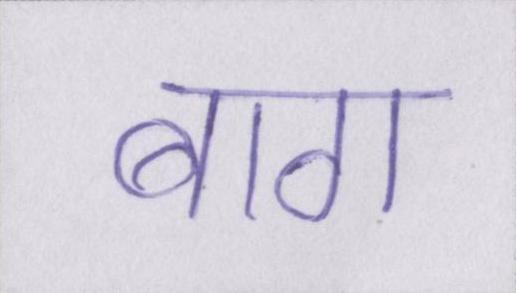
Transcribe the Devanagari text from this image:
बाग